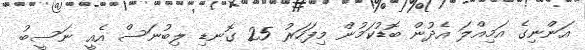
އަންނިގެ އަމިއްލަ އެދުން ބޮޑުކަމުން މިފަހަރު 25 ގޮނޑި ލިބުނަސް އެއީ ނަސީބު